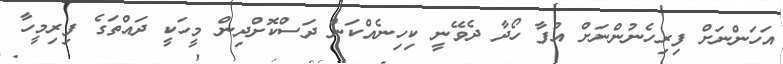
އަހަންނަށް ފިރިހެނުންނަށް އުފާ ހޯދާ ދެވޭނީ ކިހިނެއްކަން ދަސްކޮށްދިން މީހަކީ ދައްތަގެ ފިރިމީހާ